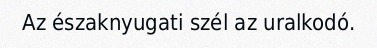
Az északnyugati szél az uralkodó.